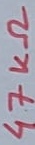
Text: 47KΩ